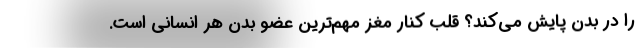
را در بدن پایش می‌کند؟ قلب کنار مغز مهم‌ترین عضو بدن هر انسانی است.